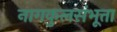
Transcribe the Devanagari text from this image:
नागकुलसंभूता